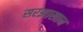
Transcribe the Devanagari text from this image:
सरझाखान